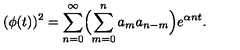
( \phi ( t ) ) ^ { 2 } = \sum _ { n = 0 } ^ { \infty } \Bigl ( \sum _ { m = 0 } ^ { n } a _ { m } a _ { n - m } \Bigr ) e ^ { \alpha n t } .